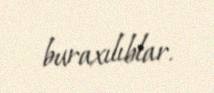
buraxılıblar.